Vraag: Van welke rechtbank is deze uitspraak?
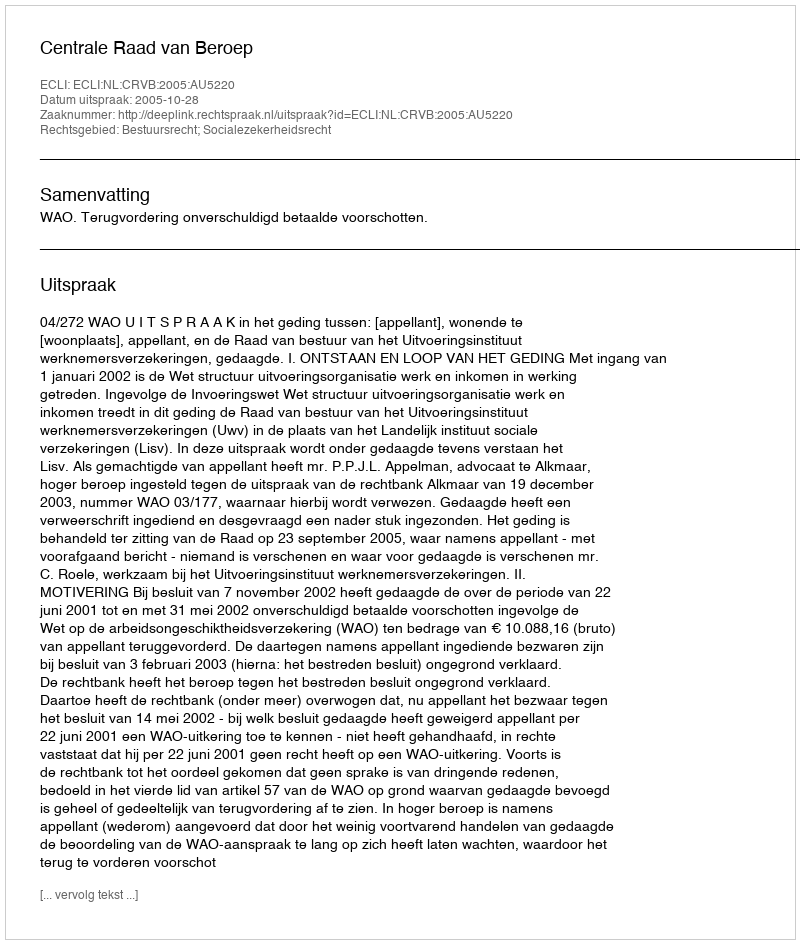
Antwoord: Centrale Raad van Beroep